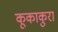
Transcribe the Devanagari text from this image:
कूकाकुरा